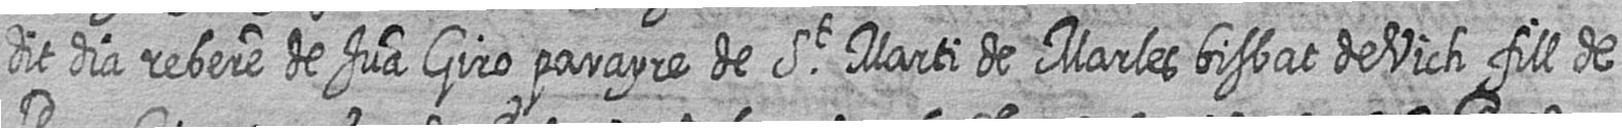
dit dia rebere de Jua Giro parayre de St Marti de Marles bisbat de Vich fill de